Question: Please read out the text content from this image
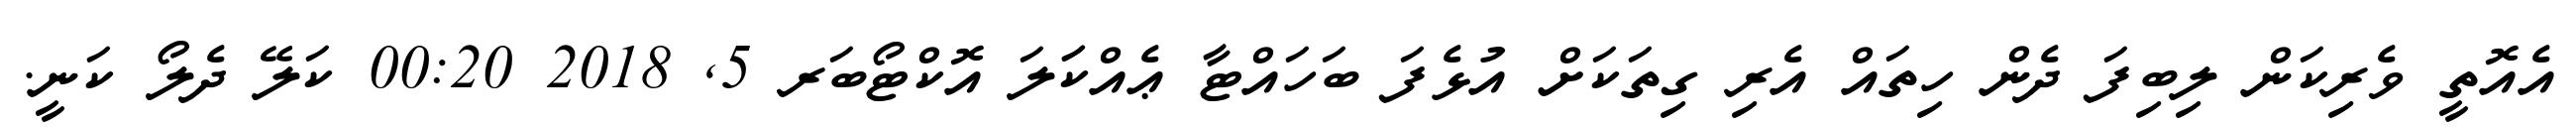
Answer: އެއޮތީ ވެރިކަން ލިބިފަ ދެން ހިތައް އެރި ގިތަކަށް އުޅެފަ ބަހައްޓާ ޢެއްކަަލަ އޮކްޓޯބަރ 5, 2018 00:20 ކަލޭ ދެލޯ ކަނީ.